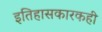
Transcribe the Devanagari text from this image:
इतिहासकारकही